Problem: 10 + 42 = ?
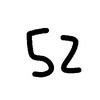
Handwritten answer: 52